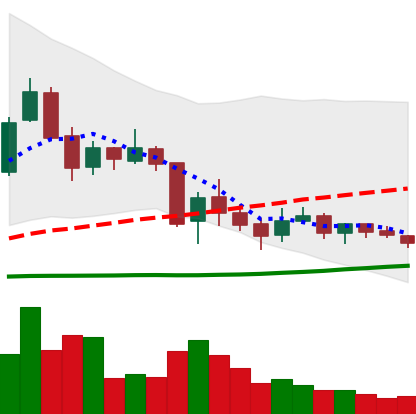
Ticker: TRX-USD
Chart end date: 2018-06-08
Forward return: -27.865%
Label: down_7plus